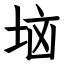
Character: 垴